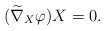
\begin{align*}(\widetilde{\nabla}_X \varphi)X=0.\end{align*}